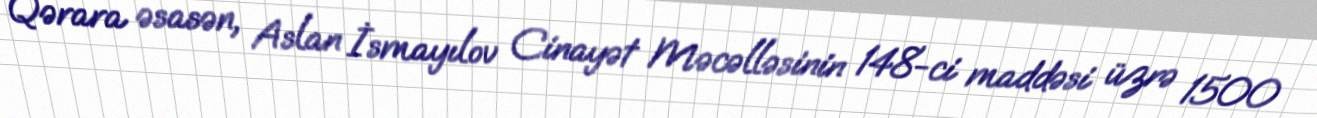
Qərara əsasən, Aslan İsmayılov Cinayət Məcəlləsinin 148-ci maddəsi üzrə 1500